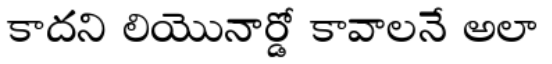
కాదని లియొనార్డో కావాలనే అలా